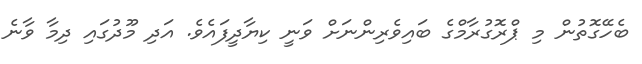
ބެހޭގޮތުން މި ޕްރޮގުރާމްގެ ބައިވެރިންނަށް ވަނީ ކިޔާދީފައެވެ. އަދި މޫދުގައި ދިމާ ވާނެ